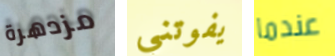
مزدهرة يفوتني عندما